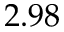
2 . 9 8